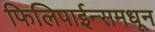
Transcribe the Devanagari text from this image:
फिलिपाईन्समधून